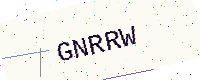
Text: GNRRW